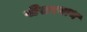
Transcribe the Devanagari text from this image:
पीसरनाथ